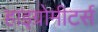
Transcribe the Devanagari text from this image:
हाइग्रोमीटर्स